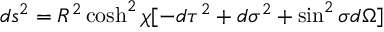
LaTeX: d s ^ { 2 } = R ^ { 2 } \cosh ^ { 2 } \chi [ - d \tau ^ { 2 } + d \sigma ^ { 2 } + \sin ^ { 2 } \sigma d \Omega ]